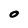
Character: O